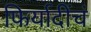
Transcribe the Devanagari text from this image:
फिर्यादींचं